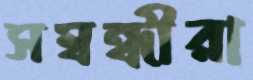
সম্বন্ধীরা